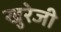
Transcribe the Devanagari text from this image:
खुरेजी